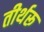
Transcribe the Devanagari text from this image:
तीर्थरू